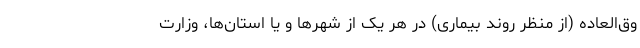
وق‌العاده (از منظر روند بیماری) در هر یک از شهرها و یا استان‌ها، وزارت